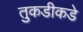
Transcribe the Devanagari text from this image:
तुकडीकडे